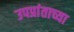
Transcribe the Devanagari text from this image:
उपप्रांताच्या